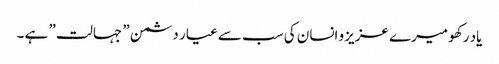
یاد رکھو میرے عزیزو انسان کی سب سے عیار دشمن ” جہالت ” ہے ۔